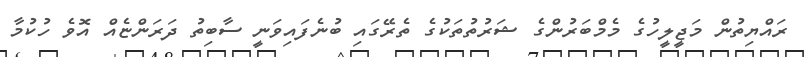
ރައްޔިތުން މަޖީލީހުގެ މެމްބަރުންގެ ޝަރުތުތަކުގެ ތެރޭގައި ބުނެފައިވަނީ ސާބިތު ދަރަންޏެއް އޮވެ ހުކުމާ